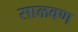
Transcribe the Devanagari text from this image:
साळवण